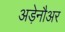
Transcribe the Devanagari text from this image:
अड़ेनौअर